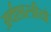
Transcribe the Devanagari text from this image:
अर्थशास्त्रीयो